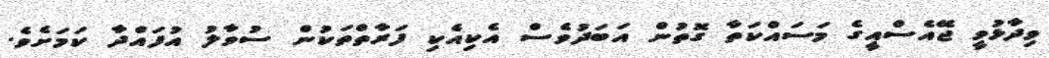
ވިދާޅުވީ ޖޭއެސްއީގެ މަސައްކަތާ ގޮތުން އަބަދުވެސް އެކިއެކި ފަރާތްތަކުން ސުވާލު އުފައްދާ ކަމަށެވެ.